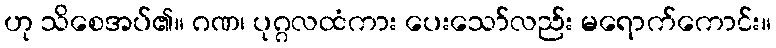
ဟု သိစေအပ်၏။ ဂဏ၊ ပုဂ္ဂလထံကား ပေးသော်လည်း မရောက်ကောင်း။